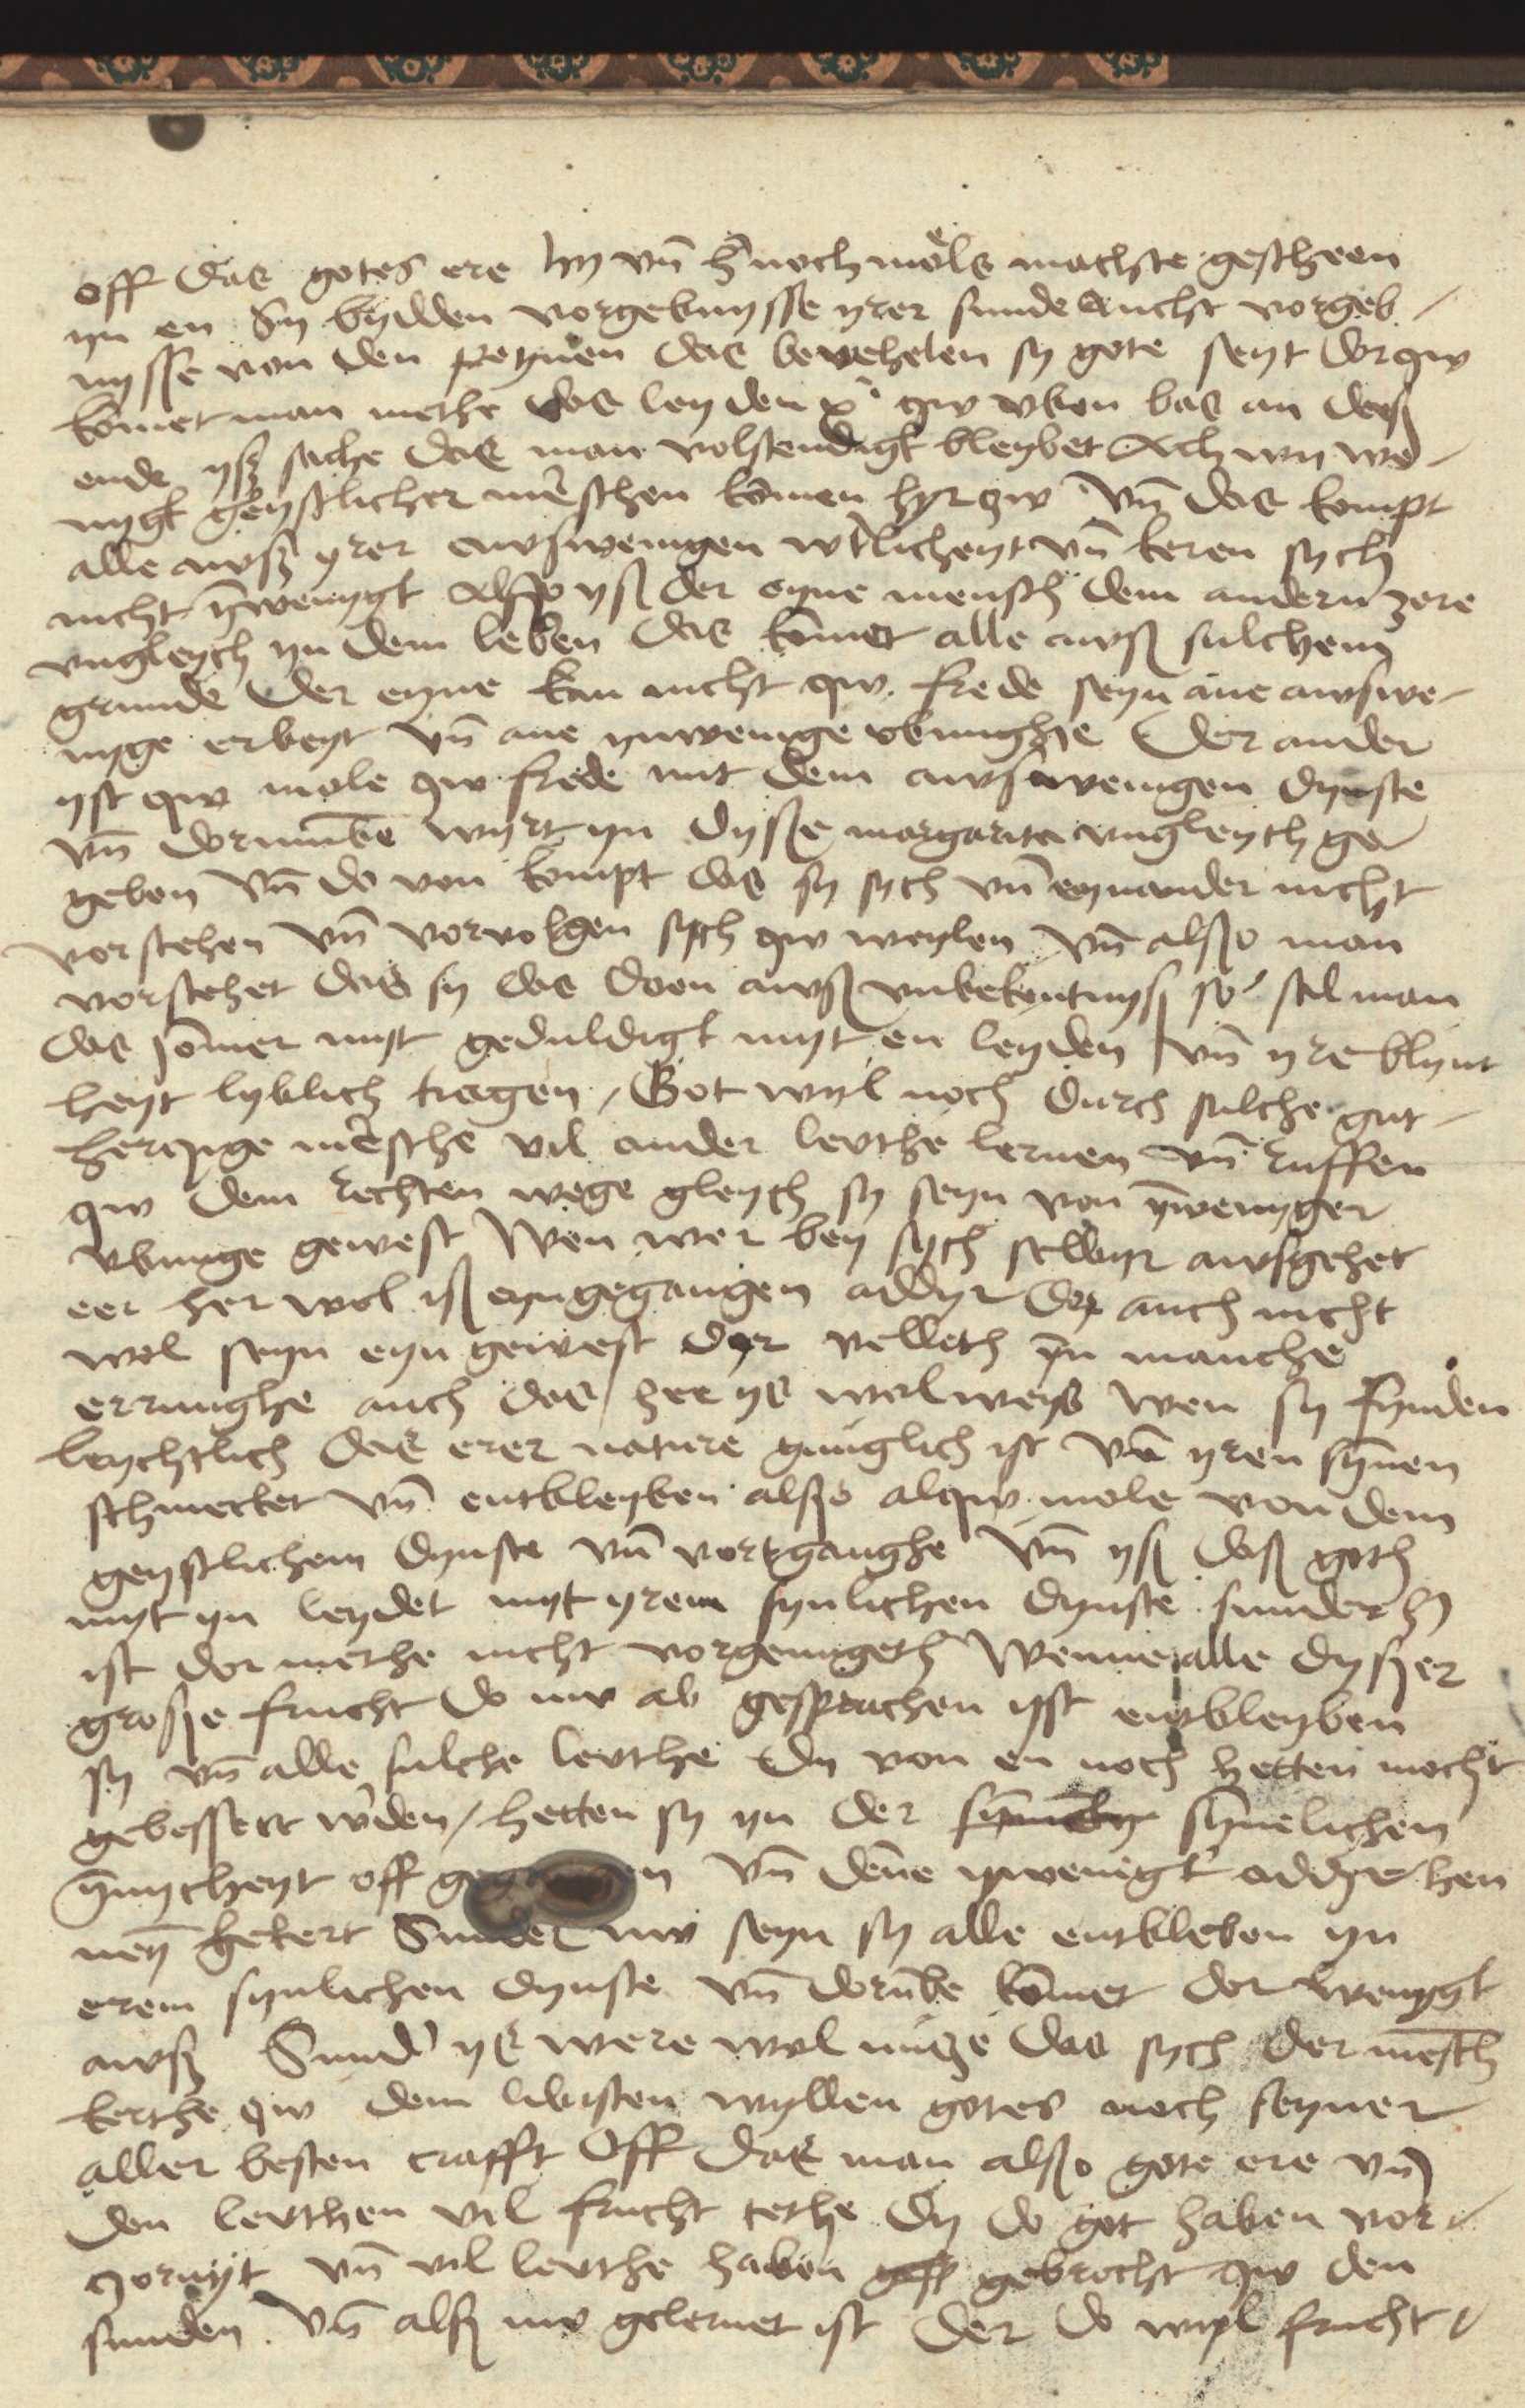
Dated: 1480–1499